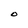
Character: O